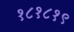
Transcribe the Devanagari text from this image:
१८१८१९